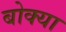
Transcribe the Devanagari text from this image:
बोक्‍या